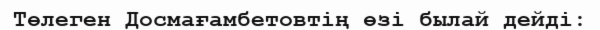
Төлеген Досмағамбетовтің өзі былай дейді: